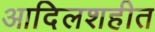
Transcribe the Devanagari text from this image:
आदिलशहीत